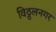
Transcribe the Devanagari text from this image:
विठ्ठलनगर